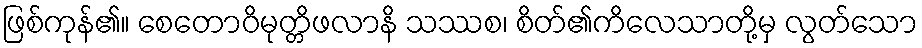
ဖြစ်ကုန်၏။ စေတောဝိမုတ္တိဖလာနိ သဿစ၊ စိတ်၏ကိလေသာတို့မှ လွတ်သော